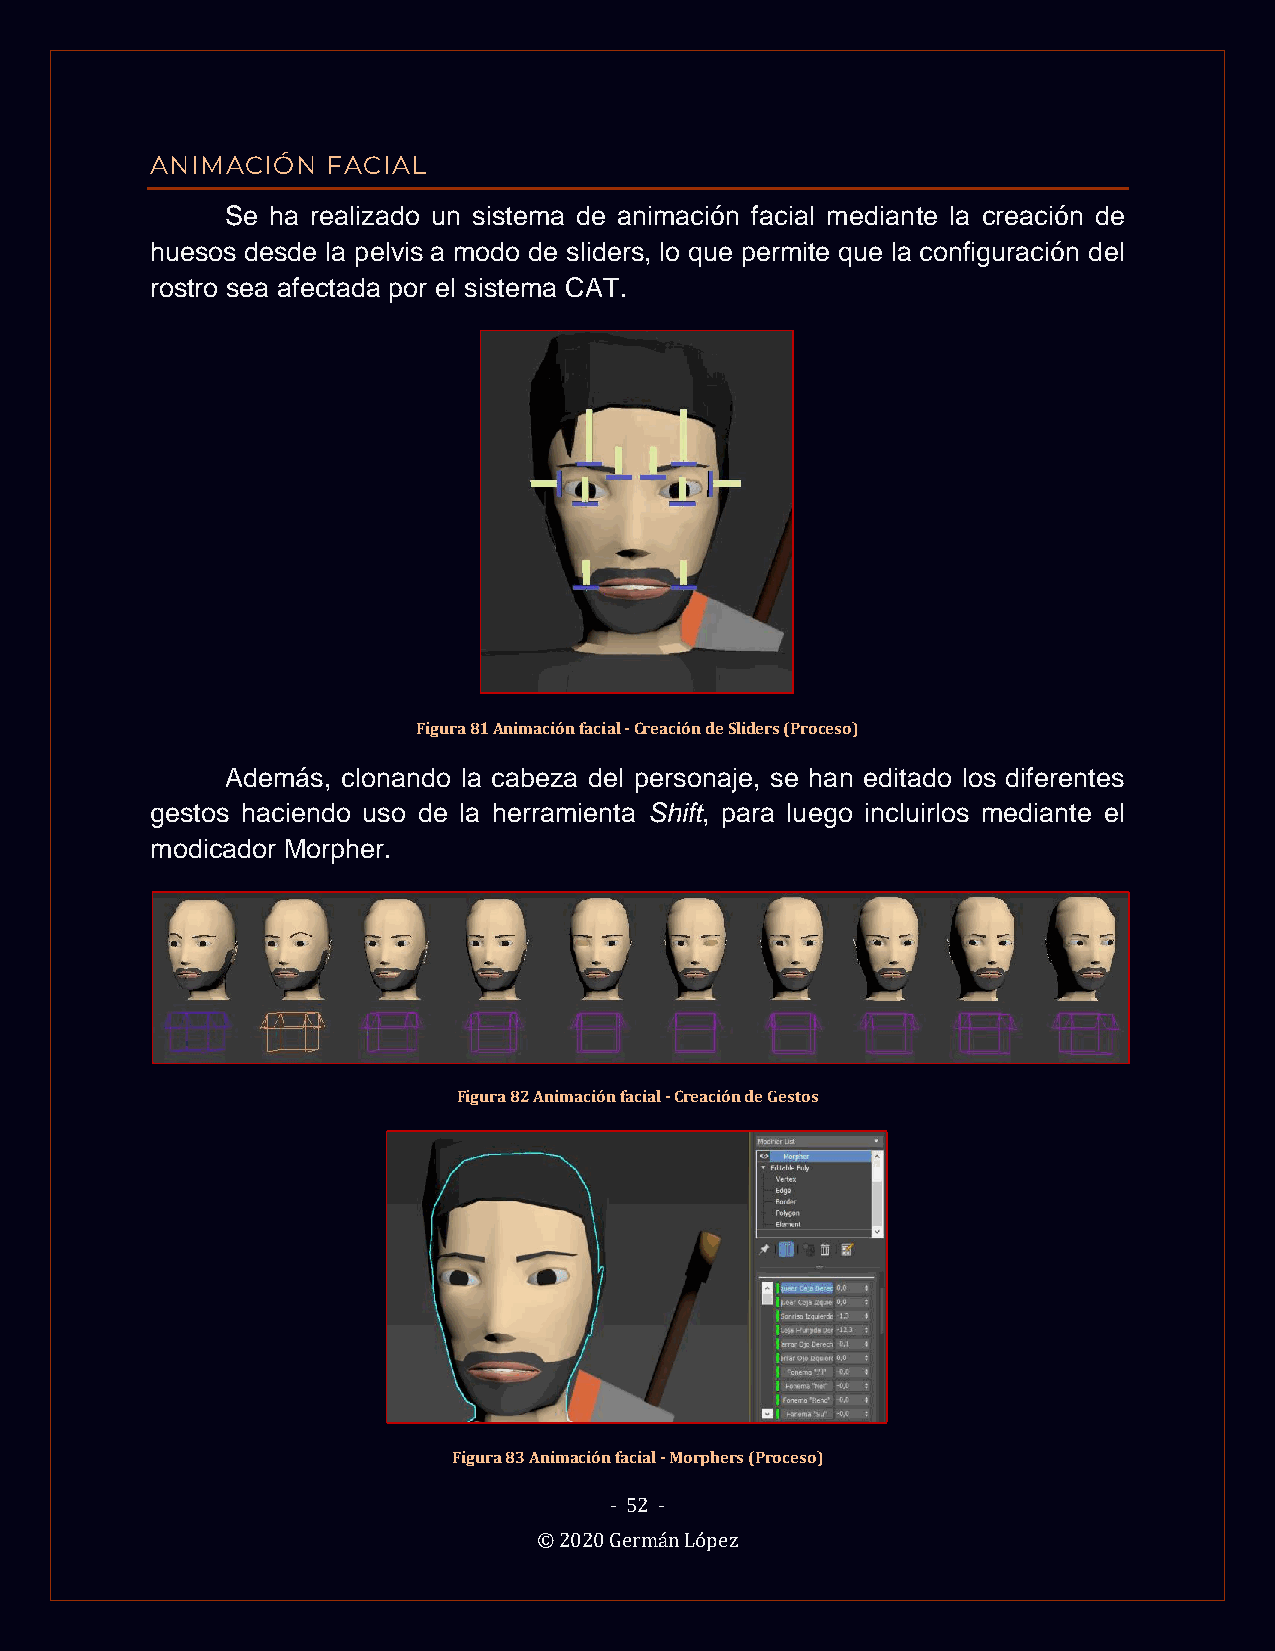
ANIMACIÓN   FACIAL
 Se ha realizado un sistema de animación facial mediante la creación de
 huesos desde la pelvis a modo de sliders, lo que permite que la configuración del
 rostro sea afectada por el sistema CAT.
 Figura 81 Animación facial - Creación de Sliders (Proceso)
 Además, clonando la cabeza del personaje, se han editado los diferentes
 gestos haciendo uso de la herramienta Shift, para luego incluirlos mediante el
 modicador Morpher.
 Figura 82 Animación facial - Creación de Gestos
 Figura 83 Animación facial - Morphers (Proceso)
 - 52 -
 © 2020 Germán López